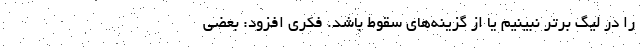
را در لیگ برتر نبینیم یا از گزینه‌های سقوط باشد. فکری افزود: بعضی